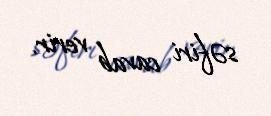
səfiri cavab verir.